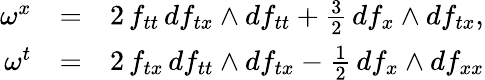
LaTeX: \begin{array}{rcl}{{\omega^{x}}}&{{=}}&{{2\, f_{tt}\, df_{tx}\wedge df_{tt}+\frac{3}{2}\, df_{x}\wedge df_{tx},}}\\ {{\omega^{t}}}&{{=}}&{{2\, f_{tx}\, df_{tt}\wedge df_{tx}-\frac{1}{2}\, df_{x}\wedge df_{xx}}}\end{array}